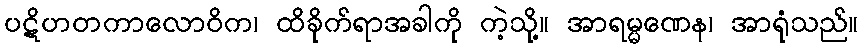
ပဋိဟတကာလောဝိက၊ ထိခိုက်ရာအခါကို ကဲ့သို့။ အာရမ္မဏေန၊ အာရုံသည်။